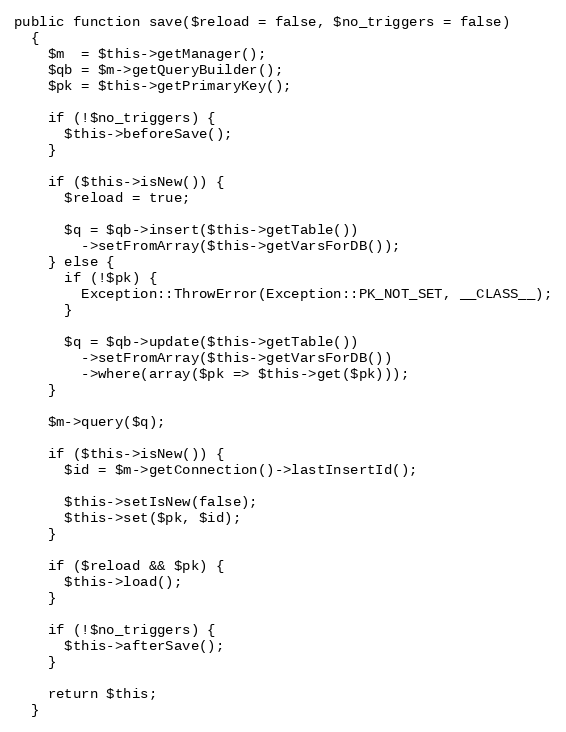
Language: PHP
public function save($reload = false, $no_triggers = false)
  {
    $m  = $this->getManager();
    $qb = $m->getQueryBuilder();
    $pk = $this->getPrimaryKey();

    if (!$no_triggers) {
      $this->beforeSave();
    }

    if ($this->isNew()) {
      $reload = true;

      $q = $qb->insert($this->getTable())
        ->setFromArray($this->getVarsForDB());
    } else {
      if (!$pk) {
        Exception::ThrowError(Exception::PK_NOT_SET, __CLASS__);
      }

      $q = $qb->update($this->getTable())
        ->setFromArray($this->getVarsForDB())
        ->where(array($pk => $this->get($pk)));
    }

    $m->query($q);

    if ($this->isNew()) {
      $id = $m->getConnection()->lastInsertId();

      $this->setIsNew(false);
      $this->set($pk, $id);
    }

    if ($reload && $pk) {
      $this->load();
    }

    if (!$no_triggers) {
      $this->afterSave();
    }

    return $this;
  }